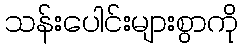
သန်းပေါင်းများစွာကို